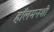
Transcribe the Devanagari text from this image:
हॉलमनशी